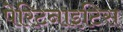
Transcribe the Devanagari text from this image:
पेरिटनाइटिस